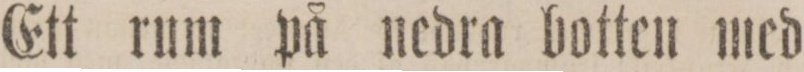
Ett rum på nedra botten med